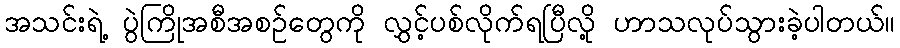
အသင်းရဲ့ ပွဲကြိုအစီအစဉ်တွေကို လွှင့်ပစ်လိုက်ရပြီလို့ ဟာသလုပ်သွားခဲ့ပါတယ်။